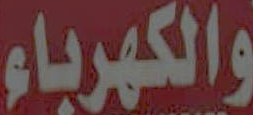
والكهرباء